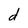
Character: d